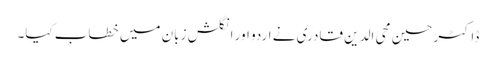
ڈاکٹر حسین محی الدین قادری نے اردو اور انگلش زبان میں خطاب کیا۔